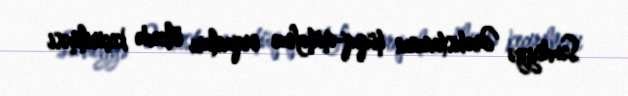
Səudiyyə Ərəbistanının hüquq-mühafizə orqanları ölkədə keçirilməsi